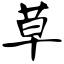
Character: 草